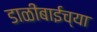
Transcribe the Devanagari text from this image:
डाळीबाईच्या